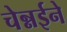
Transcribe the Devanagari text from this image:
चेन्नईने